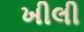
ખીલી